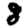
Digit: 8